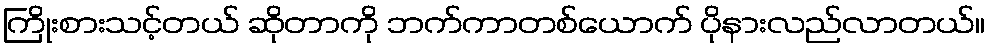
ကြိုးစားသင့်တယ် ဆိုတာကို ဘက်ကာတစ်ယောက် ပိုနားလည်လာတယ်။